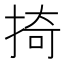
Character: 掎